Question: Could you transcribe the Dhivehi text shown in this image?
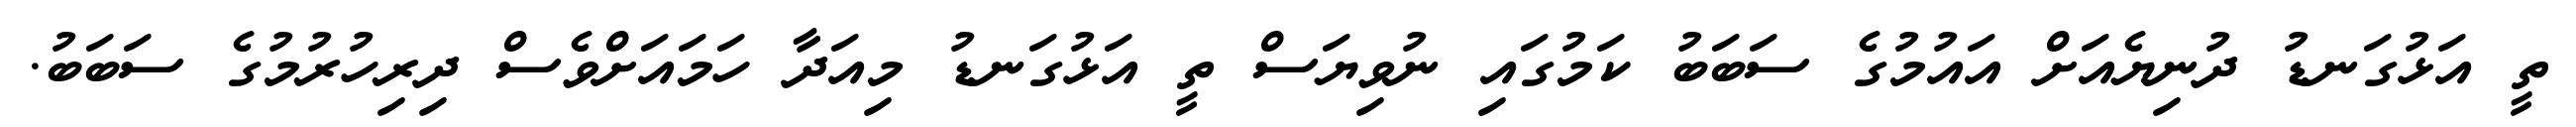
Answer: ތީ އަޅުގަނޑު ދުނިޔެއަށް އައުމުގެ ސަބަބު ކަމުގައި ނުވިޔަސް ތީ އަޅުގަނޑު މިއަދާ ހަމައަށްވެސް ދިރިހުރުމުގެ ސަބަބު.